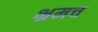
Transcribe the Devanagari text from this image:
भ्रमच